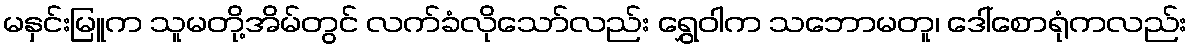
မနှင်းမြူက သူမတို့အိမ်တွင် လက်ခံလိုသော်လည်း ရွှေဝါက သဘောမတူ၊ ဒေါ်စောရုံကလည်း